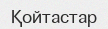
Қойтастар